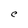
Character: C